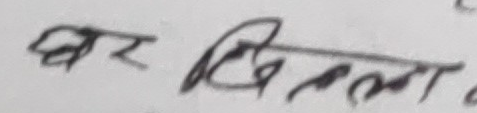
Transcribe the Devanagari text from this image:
खर विमला